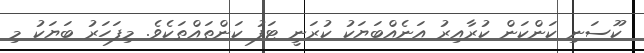
ކޫސަނި ކަންކަން ކުރާއިރު އަނެއްބަޔަކު ކުރަނީ ޓަފު ކަންތައްތަކެވެ. މިފަހަރު ބަޔަކު މި